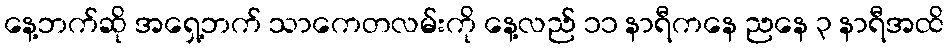
နေ့ဘက်ဆို အရှေ့ဘက် သာကေတလမ်းကို နေ့လည် ၁၁ နာရီကနေ ညနေ ၃ နာရီအထိ